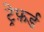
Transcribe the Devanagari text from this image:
ट्रेफ़र्ड